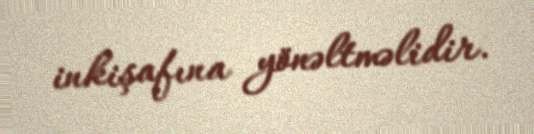
inkişafına yönəltməlidir.